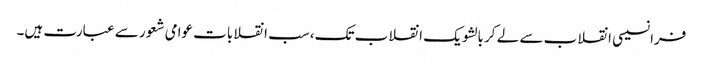
فرانسیسی انقلاب سے لے کر بالشویک انقلاب تک، سب انقلابات عوامی شعور سے عبارت ہیں۔